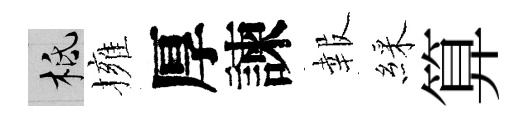
柢擁厚諫報綵算